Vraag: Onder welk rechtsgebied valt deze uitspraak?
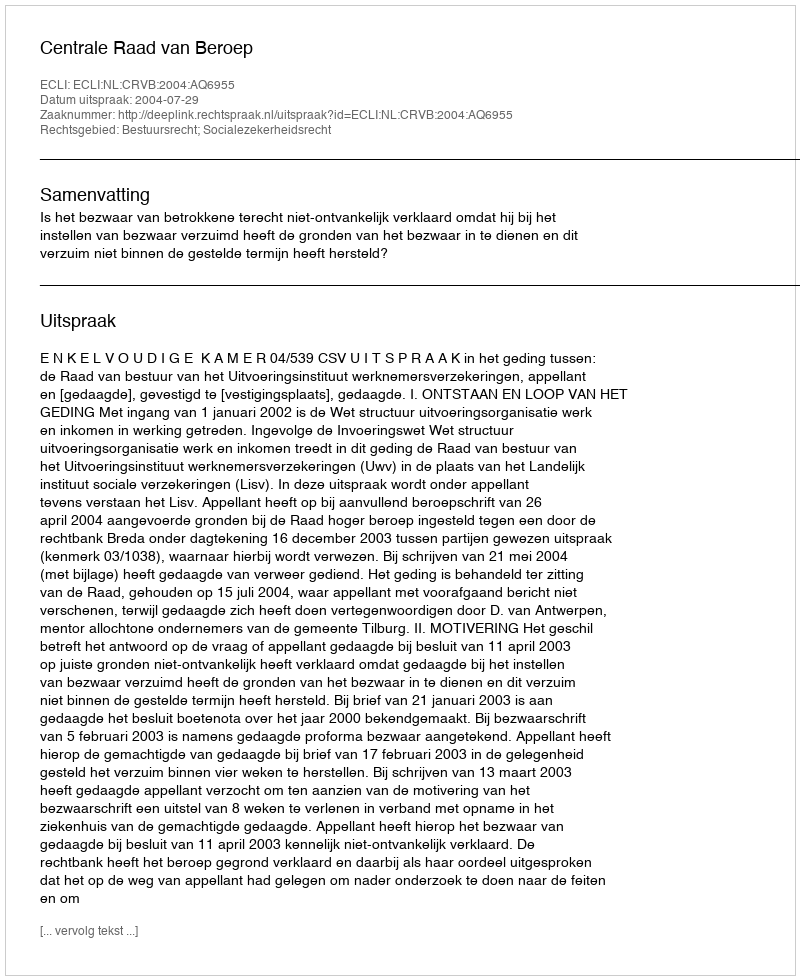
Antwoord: Bestuursrecht; Socialezekerheidsrecht